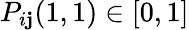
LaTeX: P_{i\mathbf{j}}(1,1)\in[0,1]